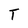
Character: T